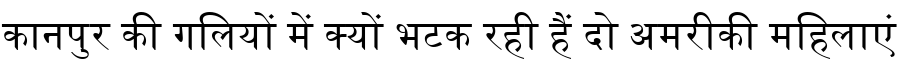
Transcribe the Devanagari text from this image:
कानपुर की गलियों में क्यों भटक रही हैं दो अमरीकी महिलाएं